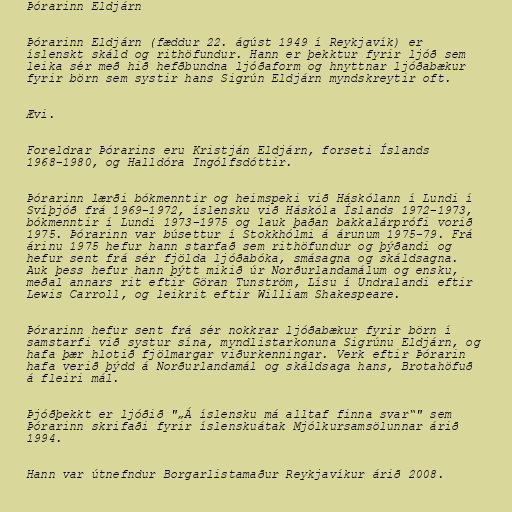
Þórarinn Eldjárn

Þórarinn Eldjárn (fæddur 22. ágúst 1949 í Reykjavík) er
íslenskt skáld og rithöfundur. Hann er þekktur fyrir ljóð sem
leika sér með hið hefðbundna ljóðaform og hnyttnar ljóðabækur
fyrir börn sem systir hans Sigrún Eldjárn myndskreytir oft.

Ævi.

Foreldrar Þórarins eru Kristján Eldjárn, forseti Íslands
1968–1980, og Halldóra Ingólfsdóttir.

Þórarinn lærði bókmenntir og heimspeki við Háskólann í Lundi í
Svíþjóð frá 1969–1972, íslensku við Háskóla Íslands 1972–1973,
bókmenntir í Lundi 1973–1975 og lauk þaðan bakkalárprófi vorið
1975. Þórarinn var búsettur í Stokkhólmi á árunum 1975–79. Frá
árinu 1975 hefur hann starfað sem rithöfundur og þýðandi og
hefur sent frá sér fjölda ljóðabóka, smásagna og skáldsagna.
Auk þess hefur hann þýtt mikið úr Norðurlandamálum og ensku,
meðal annars rit eftir Göran Tunström, Lísu í Undralandi eftir
Lewis Carroll, og leikrit eftir William Shakespeare.

Þórarinn hefur sent frá sér nokkrar ljóðabækur fyrir börn í
samstarfi við systur sína, myndlistarkonuna Sigrúnu Eldjárn, og
hafa þær hlotið fjölmargar viðurkenningar. Verk eftir Þórarin
hafa verið þýdd á Norðurlandamál og skáldsaga hans, Brotahöfuð
á fleiri mál.

Þjóðþekkt er ljóðið "„Á íslensku má alltaf finna svar“" sem
Þórarinn skrifaði fyrir íslenskuátak Mjólkursamsölunnar árið
1994.

Hann var útnefndur Borgarlistamaður Reykjavíkur árið 2008.